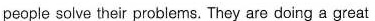
people solve their problems. They are doing a great